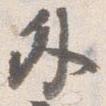
外